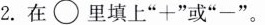
2.在\circ 里填上“+”或“-”。